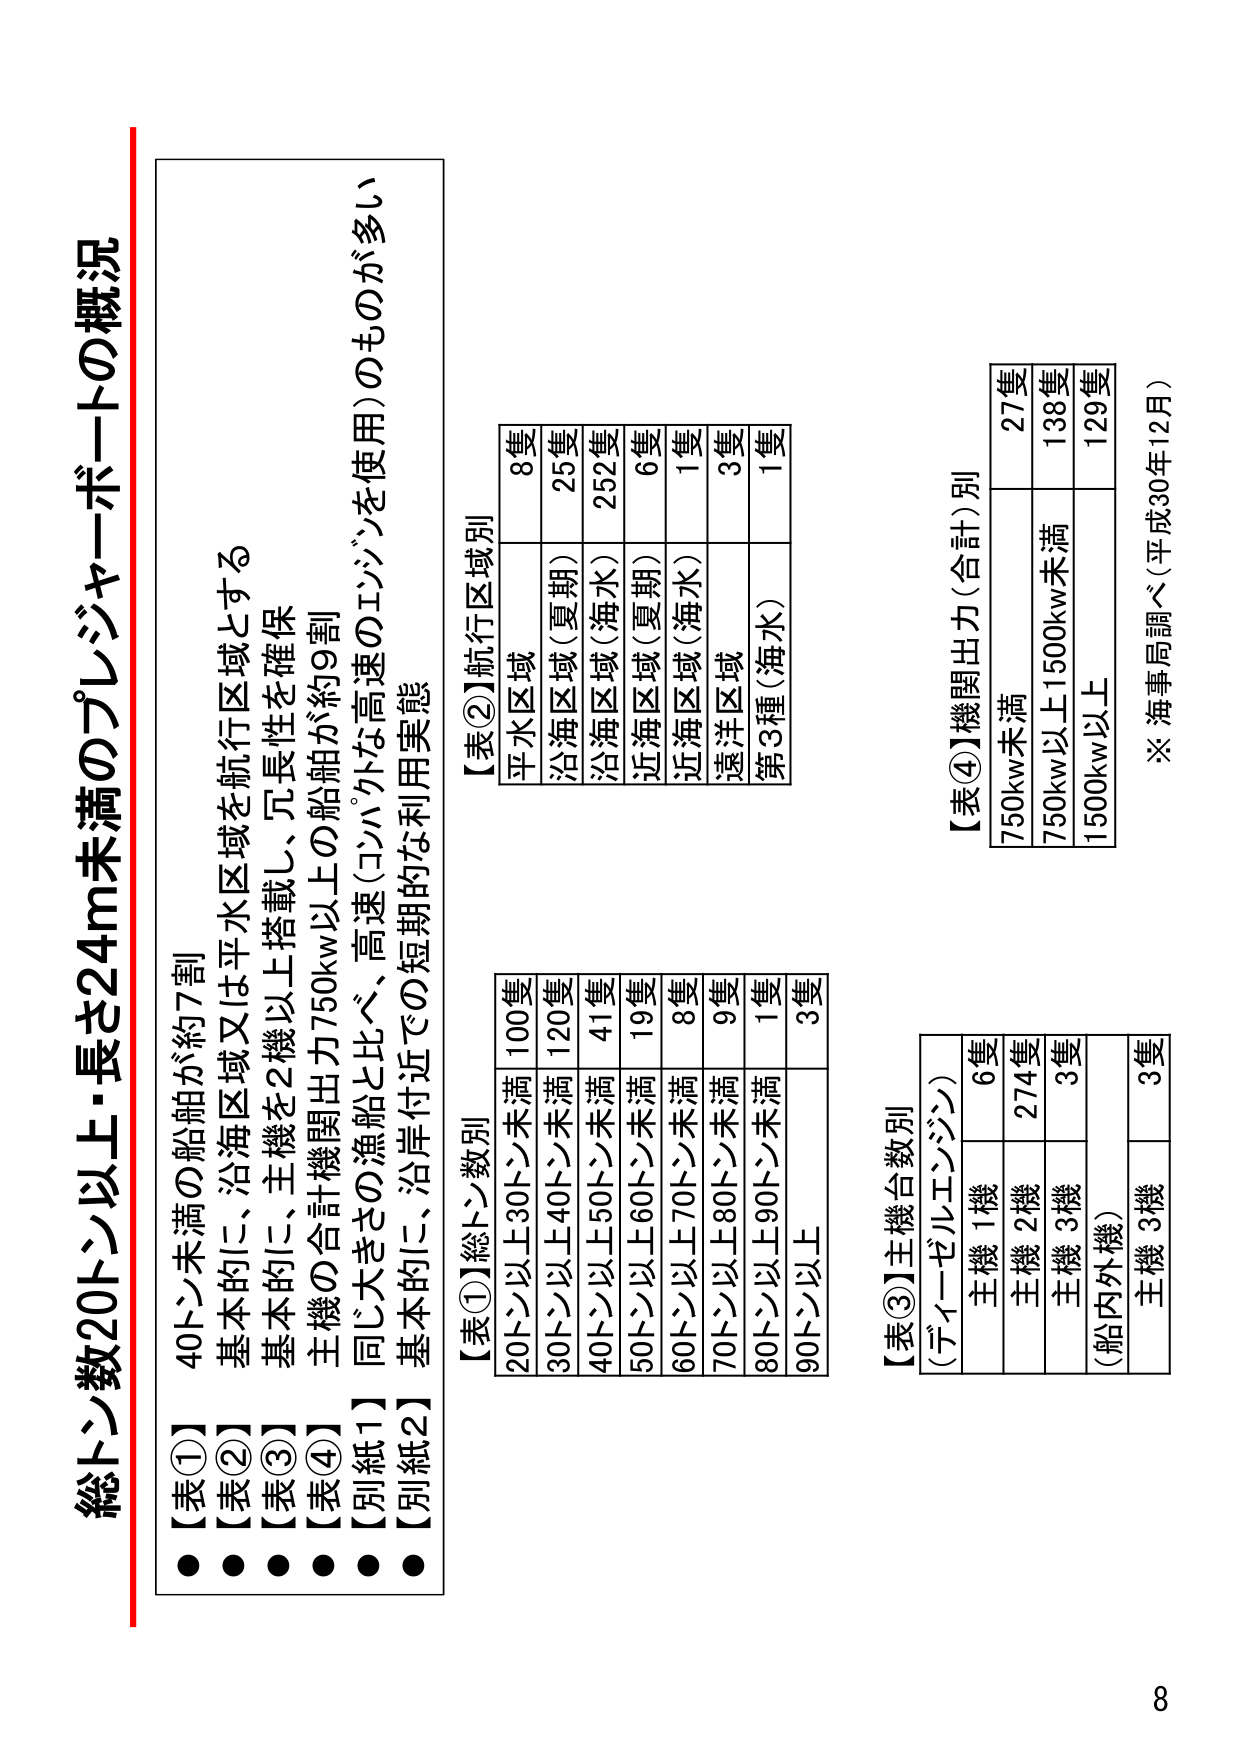
総トン数20トン以上・長さ24m未満のプレジャーボートの概況

●【表①】 40トン未満の船舶が約7割
●【表②】 基本的に、沿海区域又は平水区域を航行区域とする
●【表③】 基本的に、主機を2機以上搭載し、冗長性を確保
●【表④】 主機の合計機関出力750kw以上の船舶が約9割
●【別紙1】 同じ大きさの漁船と比べ、高速（コンパクトな高速のエンジンを使用）のものが多い
●【別紙2】 基本的に、沿岸付近での短期的な利用実態

【表①】総トン数別
20トン以上30トン未満 100隻
30トン以上40トン未満 120隻
40トン以上50トン未満 41隻
50トン以上60トン未満 19隻
60トン以上70トン未満 8隻
70トン以上80トン未満 9隻
80トン以上90トン未満 1隻
90トン以上 3隻

【表②】航行区域別
平水区域 8隻
沿海区域（夏期） 25隻
沿海区域（海水） 252隻
近海区域（夏期） 6隻
近海区域（海水） 1隻
遠洋区域 3隻
第3種（海水） 1隻

【表③】主機台数別
（ディーゼルエンジン）
主機 1機 6隻
主機 2機 274隻
主機 3機 3隻
（船内外機）
主機 3機 3隻

【表④】機関出力（合計）別
750kw未満 27隻
750kw以上1500kw未満 138隻
1500kw以上 129隻

※ 海事局調べ（平成30年12月）